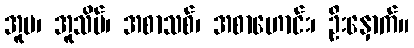
အူမ၊ အူသိမ်၊ အစာသစ်၊ အစာဟောင်း၊ ဦးနှောက်။